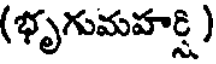
(భృగుమహర్షి )